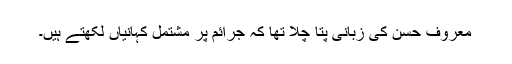
معروف حسن کی زبانی پتا چلا تھا کہ جرائم پر مشتمل کہانیاں لکھتے ہیں۔